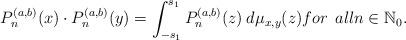
LaTeX: \begin{align*}P_n^{(a, b)}(x)\cdot P_n^{(a, b)}(y)= \int_{- s_1}^{s_1}P_n^{(a, b)}(z )\> d\mu_{x,y}(z) { for\>\> all}n\in\mathbb N_0.\end{align*}